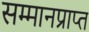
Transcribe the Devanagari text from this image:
सम्मानप्राप्त